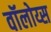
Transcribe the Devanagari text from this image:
वॉलोय्स